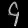
Digit: ၄